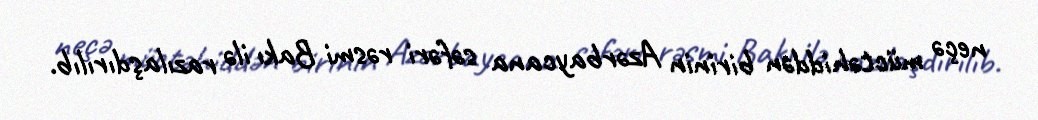
neçə müctəhiddən birinin Azərbaycana səfəri rəsmi Bakı ilə razılaşdırılıb.